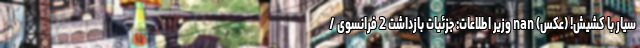
سیار با کشیش! (عکس) nan وزیر اطلاعات: جزئیات بازداشت 2 فرانسوی /